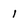
Character: 1